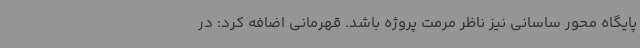
پایگاه محور ساسانی نیز ناظر مرمت پروژه باشد. قهرمانی اضافه کرد: در